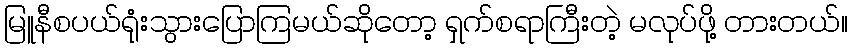
မြူနီစပယ်ရုံးသွားပြောကြမယ်ဆိုတော့ ရှက်စရာကြီးတဲ့ မလုပ်ဖို့ တားတယ်။